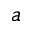
^ { a }